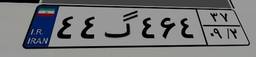
۴۴گ۴۶۴۳۷